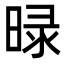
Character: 㫽